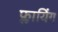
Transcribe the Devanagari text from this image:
फ्लायिंग